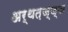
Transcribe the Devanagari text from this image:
अर्थत़ज्ज्ञ